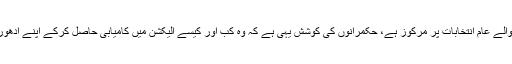
شریف فیملی کی نظر اب آنے والے عام انتخابات پر مرکوز ہے، حکمرانوں کی کوشش یہی ہے کہ وہ کب اور کیسے الیکشن میں کامیابی حاصل کرکے اپنے ادھورے ایجنڈے کی تکمیل کرڈالیں۔